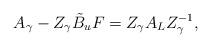
LaTeX: \begin{align*} A_\gamma-Z_\gamma\tilde B_uF=Z_\gamma A_LZ_\gamma^{-1},\end{align*}